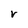
Character: V